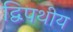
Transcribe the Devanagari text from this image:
द्विपथीय